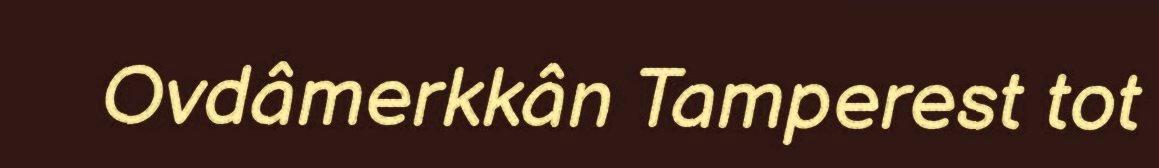
Ovdâmerkkân Tamperest tot